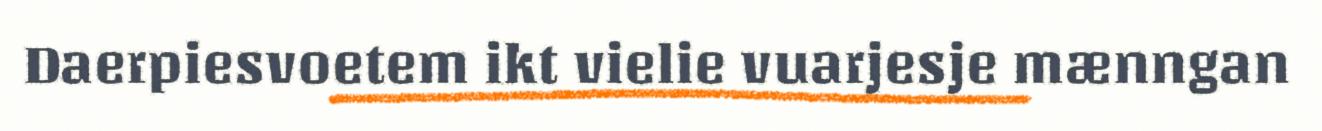
Daerpiesvoetem ikt vielie vuarjesje mænngan